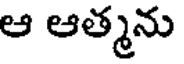
ఆ ఆత్మను